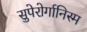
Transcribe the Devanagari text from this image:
सुपेरोर्गानिस्म